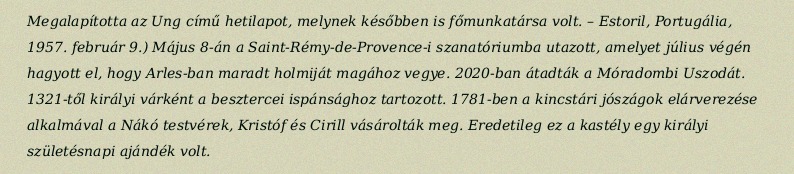
Megalapította az Ung című hetilapot, melynek későbben is főmunkatársa volt. – Estoril, Portugália, 1957. február 9.) Május 8-án a Saint-Rémy-de-Provence-i szanatóriumba utazott, amelyet július végén hagyott el, hogy Arles-ban maradt holmiját magához vegye. 2020-ban átadták a Móradombi Uszodát. 1321-től királyi várként a besztercei ispánsághoz tartozott. 1781-ben a kincstári jószágok elárverezése alkalmával a Nákó testvérek, Kristóf és Cirill vásárolták meg. Eredetileg ez a kastély egy királyi születésnapi ajándék volt.